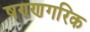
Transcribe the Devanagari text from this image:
षण्णगरिक